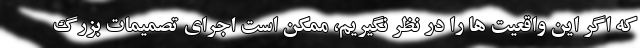
که اگر این واقعیت ها را در نظر نگیریم، ممکن است اجرای تصمیمات بزرگ